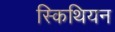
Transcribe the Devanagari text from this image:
स्किथियन